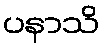
ပနာသိ